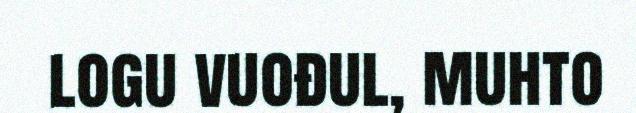
logu vuođul, muhto